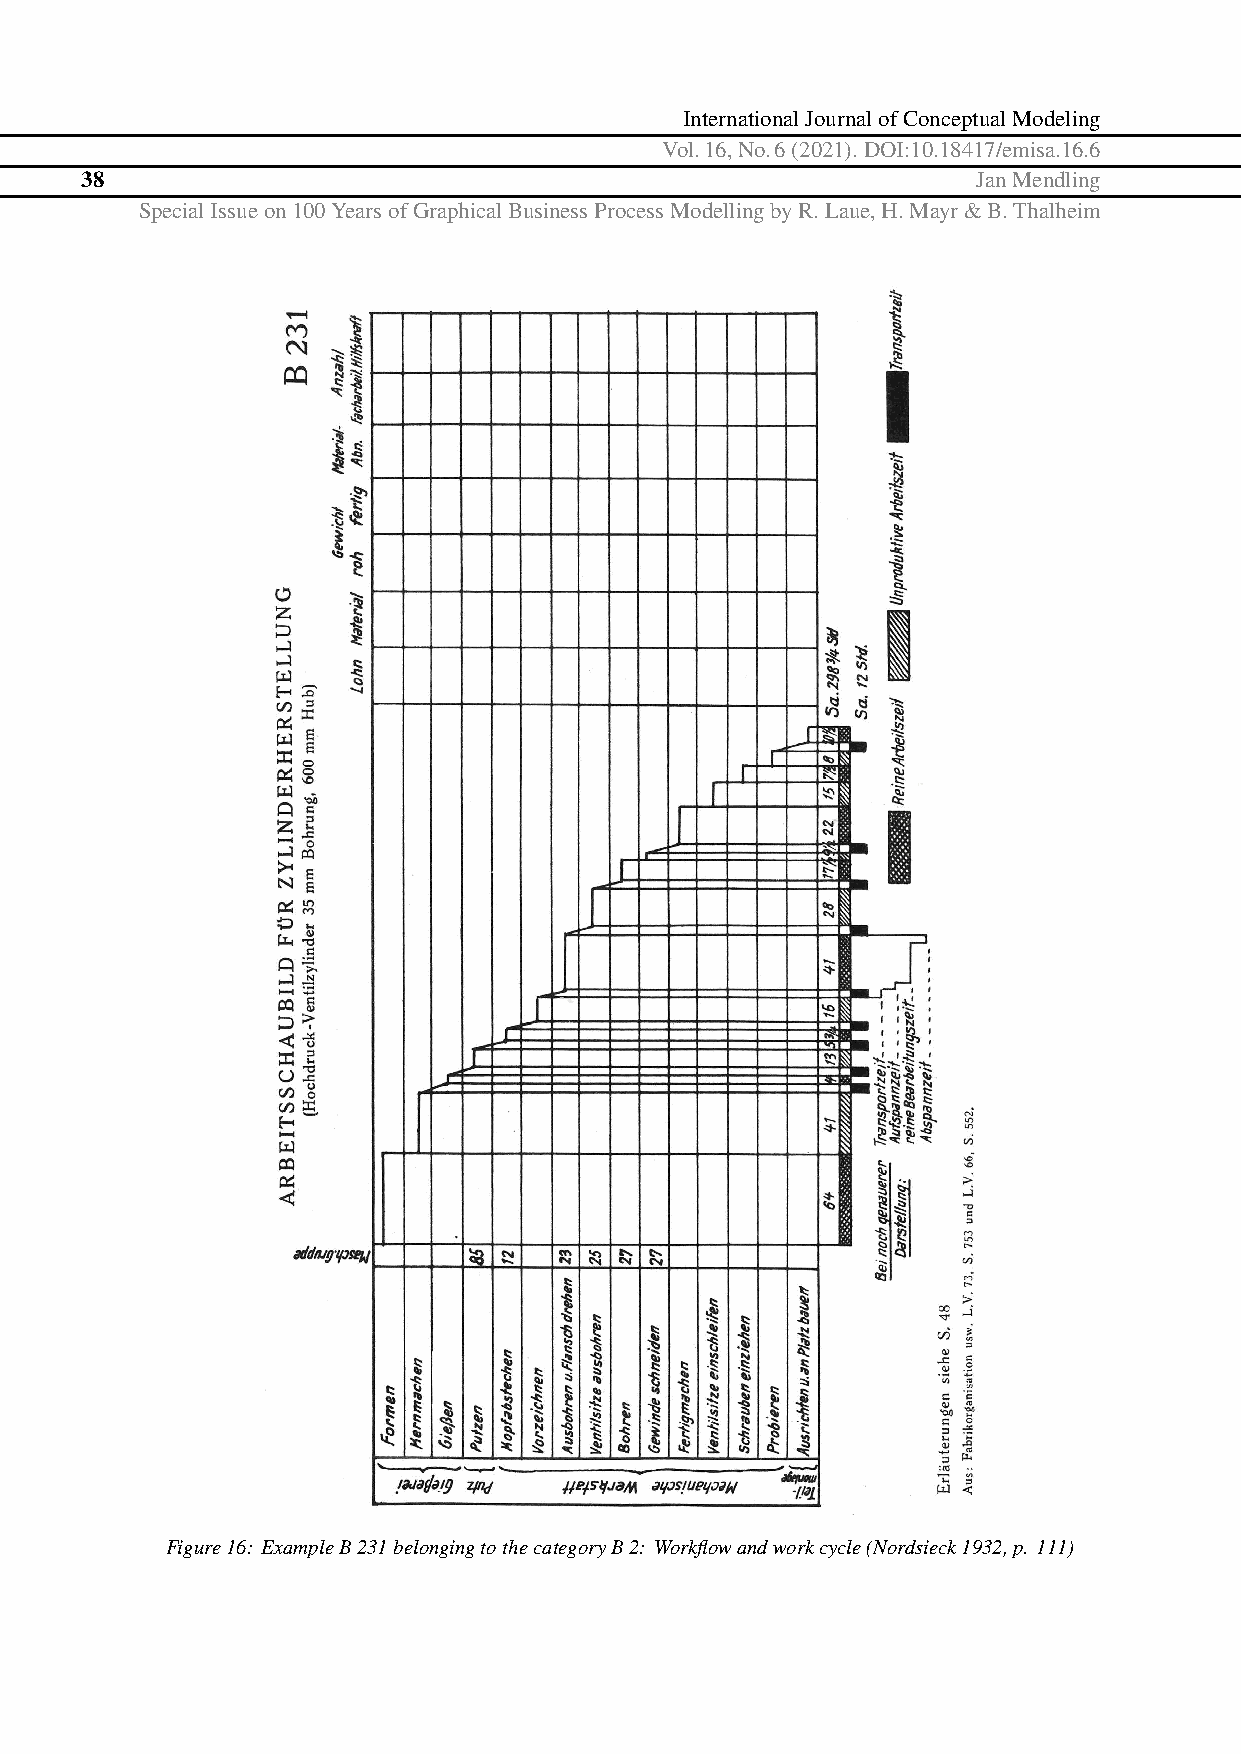
InternationalJournalofConceptualModeling
 Vol.16,No.6(2021).DOI:10.18417/emisa.16.6
 38                                                          JanMendling
 SpecialIssueon100YearsofGraphicalBusinessProcessModellingbyR.Laue,H.Mayr&B.Thalheim
 Figure16: ExampleB231belongingtothecategoryB2: Workflowandworkcycle(Nordsieck1932,p. 111)